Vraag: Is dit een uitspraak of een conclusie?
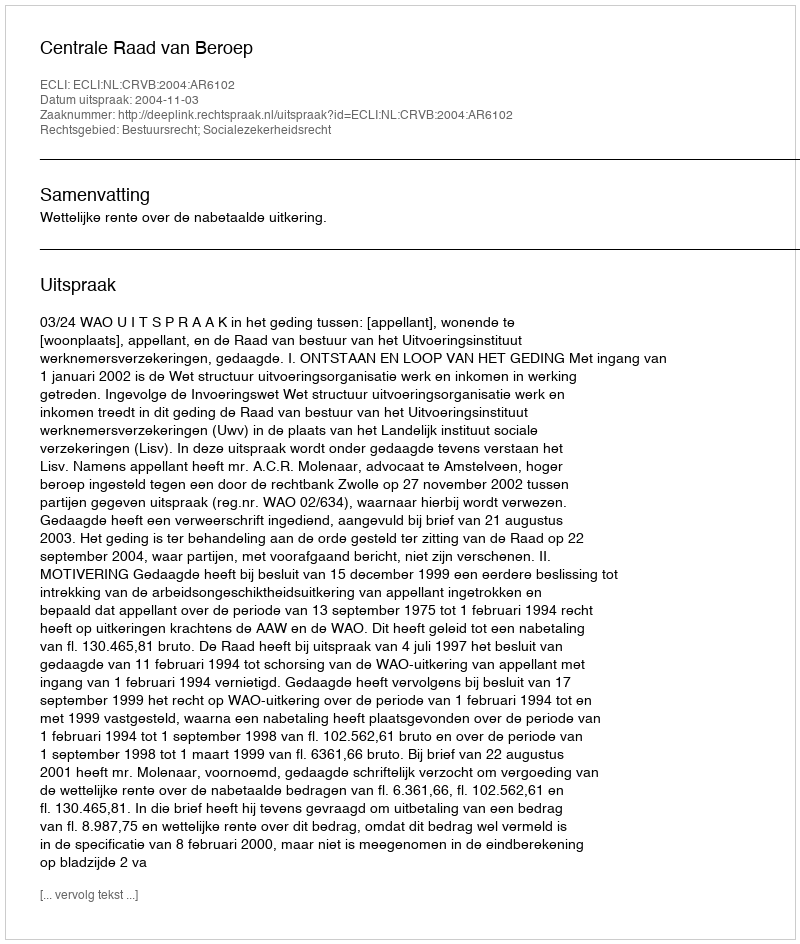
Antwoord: Uitspraak